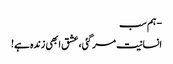
- ہم سب
انسانیت مر گئی، عشق ابھی زندہ ہے!